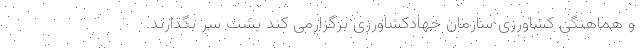
و هماهنگی کشاورزی سازمان جهادکشاورزی برگزارمی کند پشت سر بگذارند.